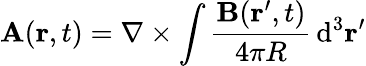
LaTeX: \mathbf{A}(\mathbf{r},t)=\nabla\times\int{\frac{\mathbf{B}(\mathbf{r}^{\prime},t)}{4\pi R}}\operatorname{d}^{3}\! \mathbf{r}^{\prime}